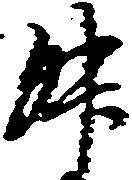
升